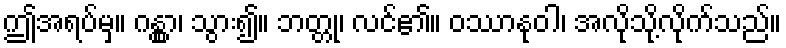
ဤအရပ်မှ။ ဂန္တွာ၊ သွား၍။ ဘတ္တု၊ လင်၏။ ဝဿာနုဝါ၊ အလိုသို့လိုက်သည်။